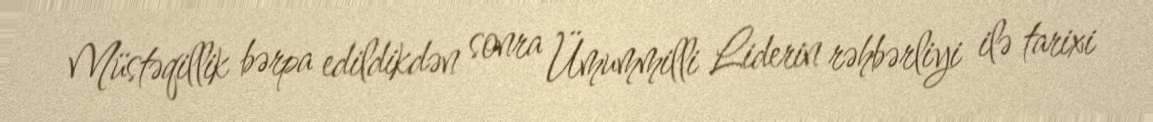
Müstəqillik bərpa edildikdən sonra Ümummilli Liderin rəhbərliyi ilə tarixi